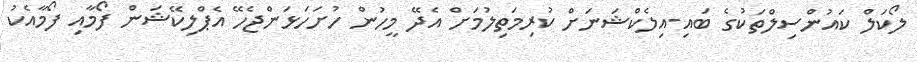
ލޯކަލް ކައުންސިލްތަކުގެ ބައި-އިލެކްޝަނަށް ކުރިމަތިލުމަށް އެދޭ މީހުން ހުށަހަޅަންޖެހޭ އެޕްލިކޭޝަން ފޯމާއި ފޯމާއެކު